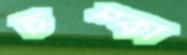
চম্‌কা